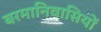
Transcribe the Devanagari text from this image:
बरमानिवासियों